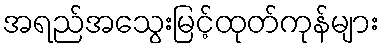
အရည်အသွေးမြင့်ထုတ်ကုန်များ